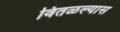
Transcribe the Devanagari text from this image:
वितळल्यास